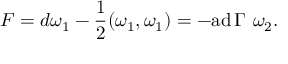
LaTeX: { \cal F } = d \omega _ { 1 } - { \frac { 1 } { 2 } } ( \omega _ { 1 } , \omega _ { 1 } ) = - \mathrm { a d } \, \Gamma \, \, \omega _ { 2 } .